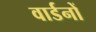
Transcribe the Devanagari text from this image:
वार्डनों